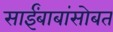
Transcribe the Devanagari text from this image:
साईंबाबांसोबत